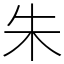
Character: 朱